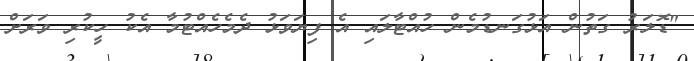
"ޑޮލަރު ގަތުން އަޅުގަނޑުމެން ހުއްޓާލައި އެ ފިޔަވަޅު ދެމެހެއްޓުމާ އެކު ހީކުރި ވަރަށް